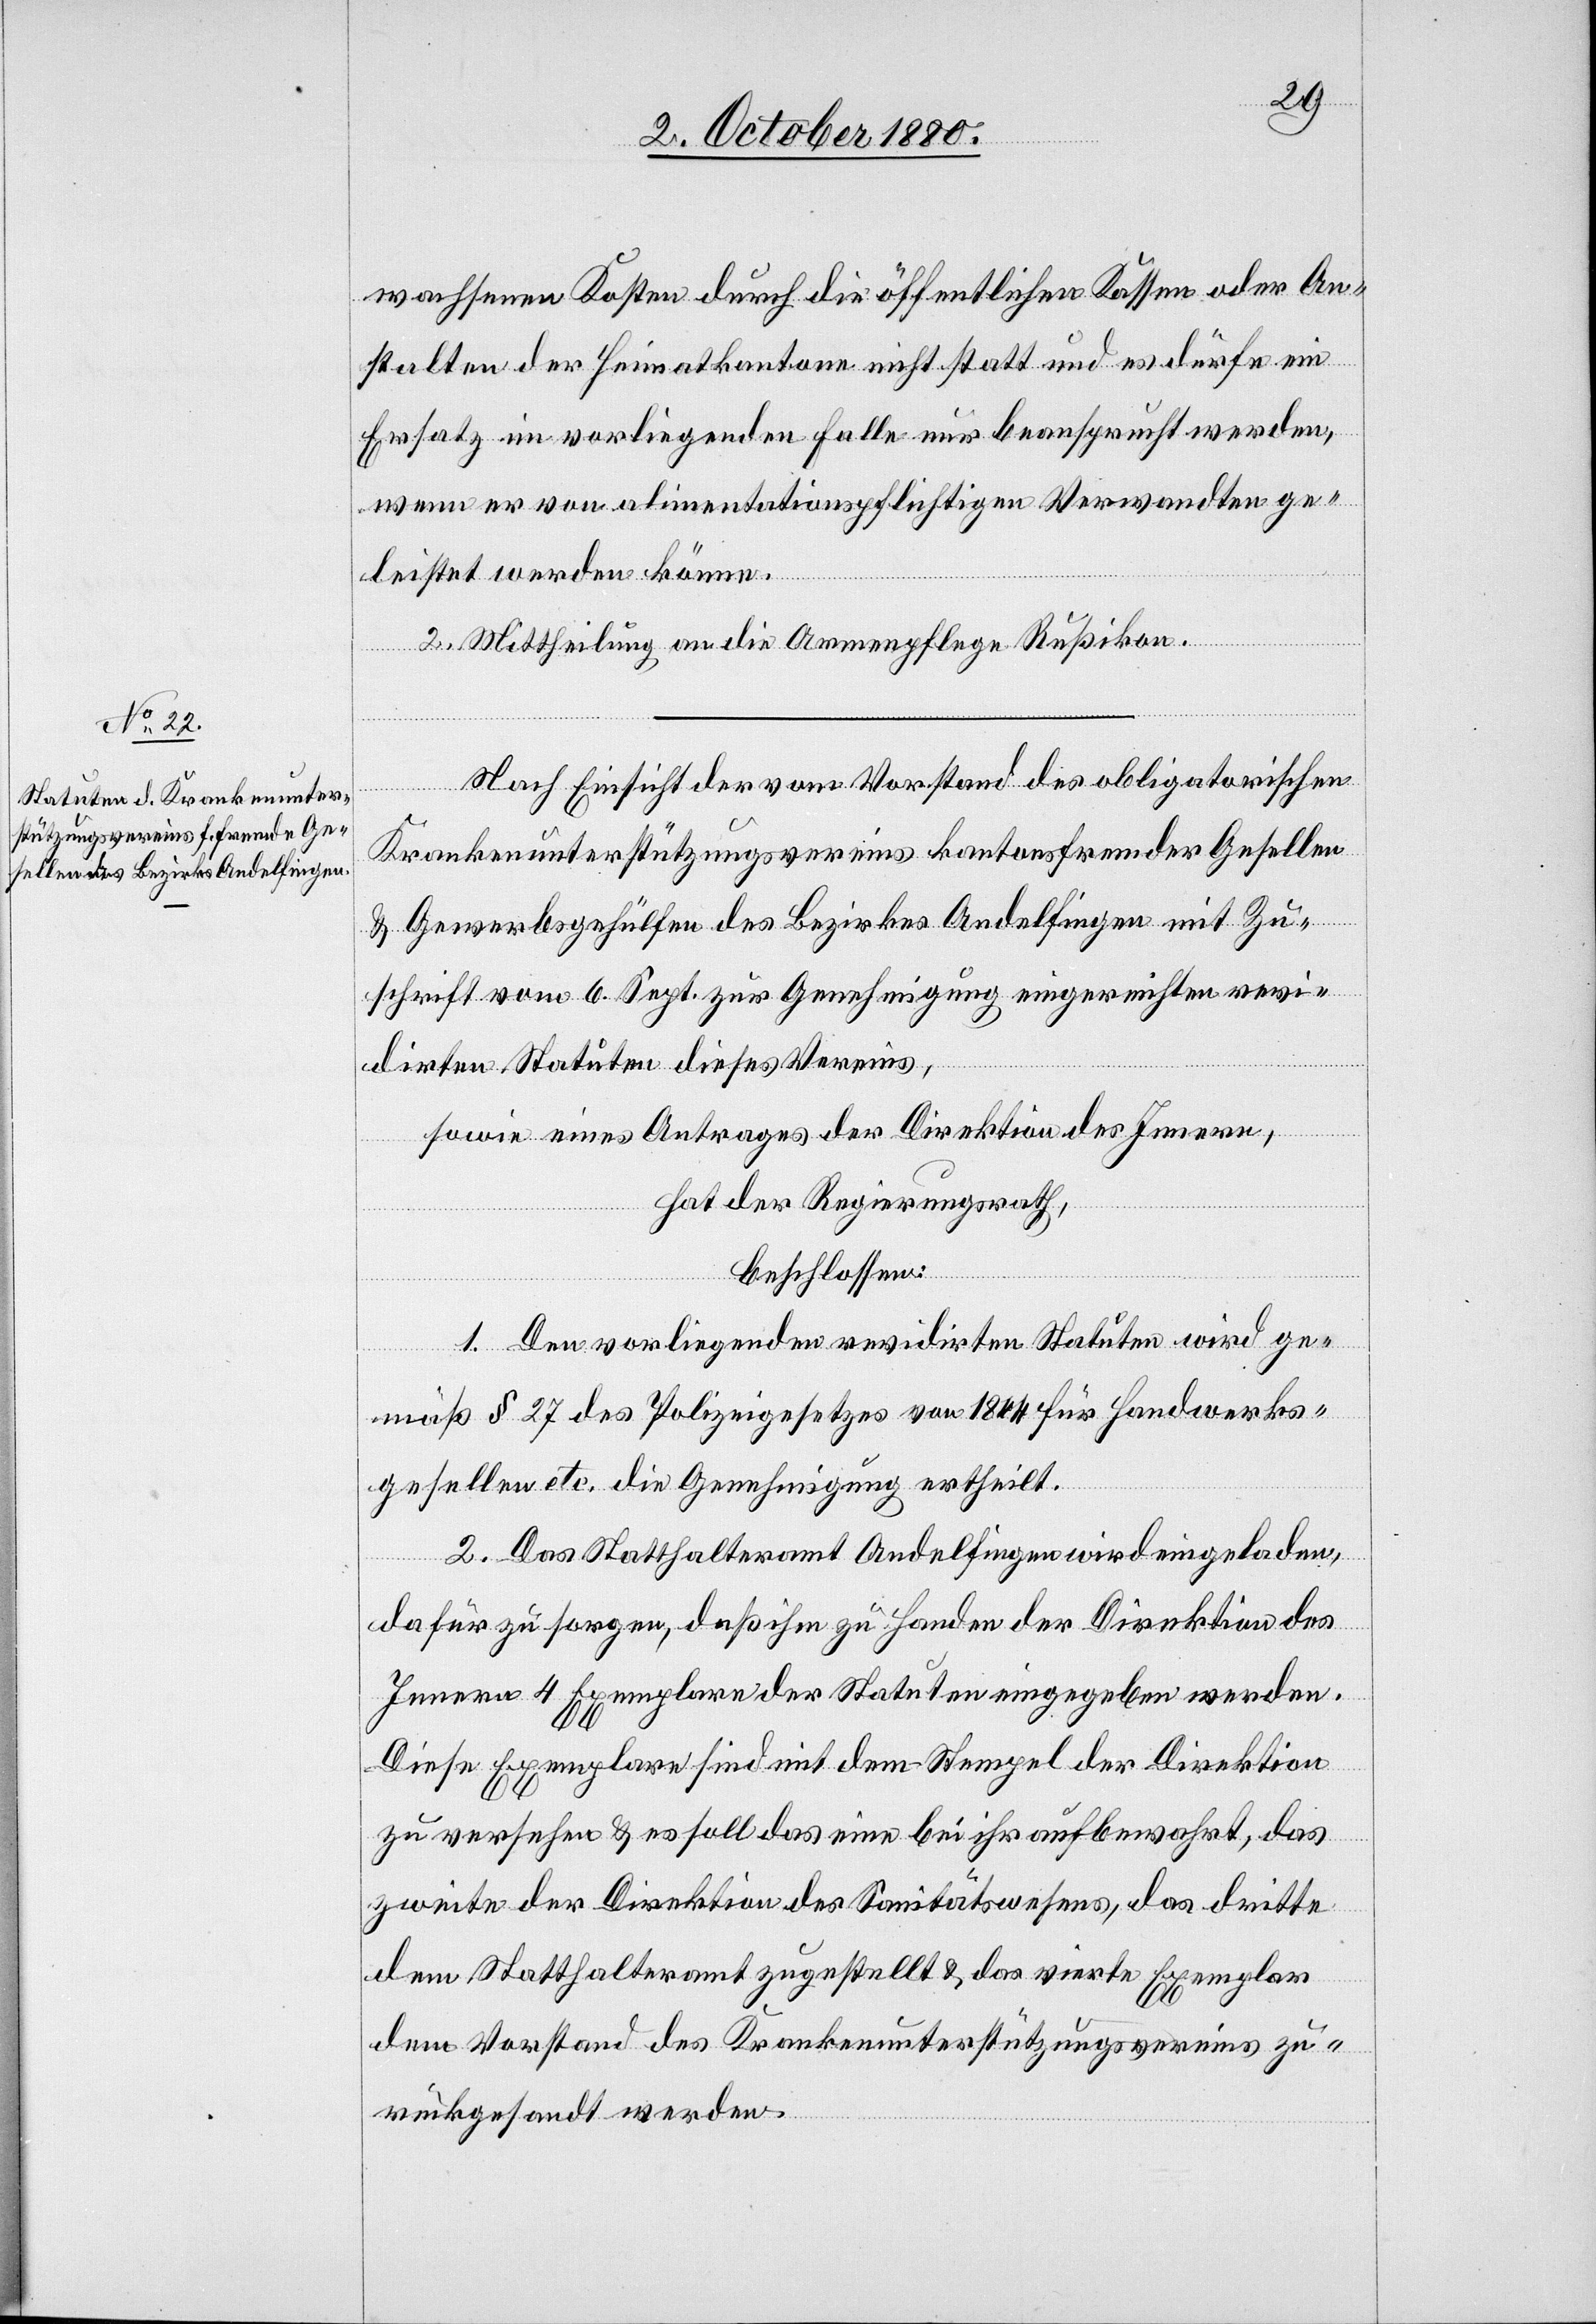
wachsenen Kosten durch die öffentlichen Kassen oder An¬
stalten der Heimatkantone nicht statt und es dürfe ein
Ersatz im vorliegenden Falle nur beansprucht werden,
wenn er von alimentationspflichtigen Verwandten ge¬
leistet werden könne.
2. Mittheilung an die Armenpflege Rußikon.
Nach Einsicht der vom Vorstand des obligatorischen
Krankenunterstützungsvereins kantonsfremder Gesellen
& Gewerbsgehülfen des Bezirkes Andelfingen mit Zu¬
schrift vom 6. Sept. zur Genehmigung eingereichten revi¬
dirten Statuten dieses Vereins,
sowie eines Antrages der Direktion des Innern,
hat der Regierungsrath,
beschlossen:
1. Den vorliegenden revidirten Statuten wird ge¬
mäß § 27 des Polizeigesetzes von 1844 für Handwerks¬
gesellen etc. die Genehmigung ertheilt.
2. Das Statthalteramt Andelfingen wird eingeladen,
dafür zu sorgen, daß ihm zu Handen der Direktion des
Innern 4 Exemplare der Statuten eingegeben werden.
Diese Exemplare sind mit dem Stempel der Direktion
zu versehen & es soll das eine bei ihr aufbewahrt, das
zweite der Direktion des Sanitätswesens, das dritte
dem Statthalteramte zugestellt & das vierte Exemplar
dem Vorstand des Krankenunterstützungsvereins zu¬
rückgesandt werden.